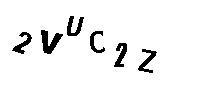
2VUC2Z